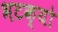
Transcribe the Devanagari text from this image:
भटक्‍यो